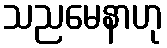
သညမေနာဟု